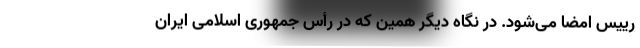
رییس امضا می‌شود. در نگاه دیگر همین که در رأس جمهوری اسلامی ایران